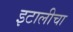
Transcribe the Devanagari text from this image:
इटालीचा